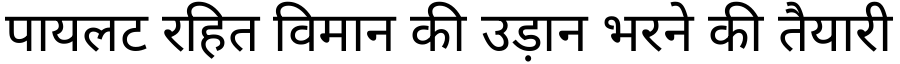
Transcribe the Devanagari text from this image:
पायलट रहित विमान की उड़ान भरने की तैयारी